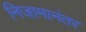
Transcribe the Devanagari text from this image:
निजामानंतर